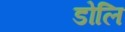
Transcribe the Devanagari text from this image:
डोलि